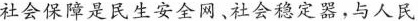
社会保障是民生安全网、社会稳定器，与人民